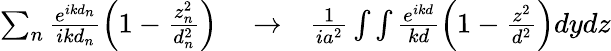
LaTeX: \begin{array}{rlr}{\sum_{n}\frac{e^{ikd_{n}}}{ikd_{n}}\left(1-\frac{z_{n}^{2}}{d_{n}^{2}}\right)}&{{}\to}&{\frac{1}{ia^{2}}\int\int\frac{e^{ikd}}{kd}\left(1-\frac{z^{2}}{d^{2}}\right)dydz}\end{array}